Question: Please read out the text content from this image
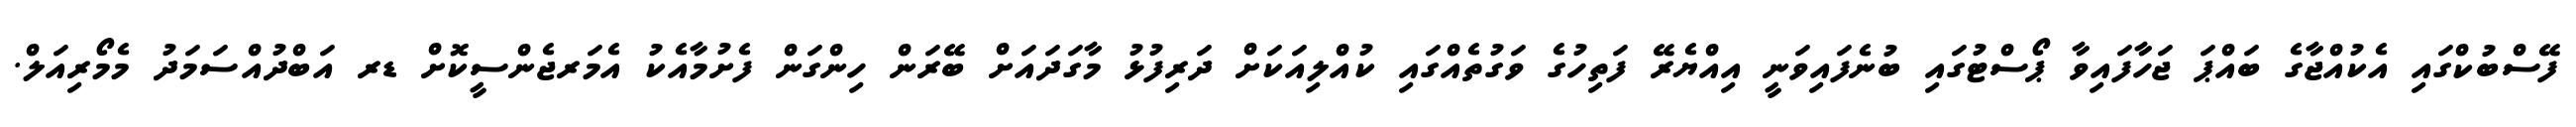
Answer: ފޭސްބުކްގައި އެކުއްޖާގެ ބައްޕަ ޖަހާފައިވާ ޕޯސްޓުގައި ބުނެފައިވަނީ އިއްޔެރޭ ފަތިހުގެ ވަގުތެއްގައި ކުއްލިއަކަށް ދަރިފުޅު މާގަދައަށް ބޭރަން ހިންގަން ފެށުމާއެކު އެމަރޖެންސީކޮށް ޑރ އަބްދުއްސަމަދު މެމޯރިއަލް.